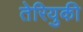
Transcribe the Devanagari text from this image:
तेरियुकी